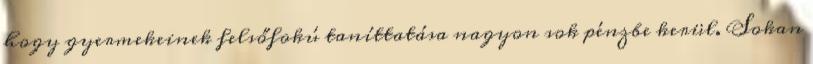
hogy gyermekeinek felsőfokú taníttatása nagyon sok pénzbe kerül. Sokan